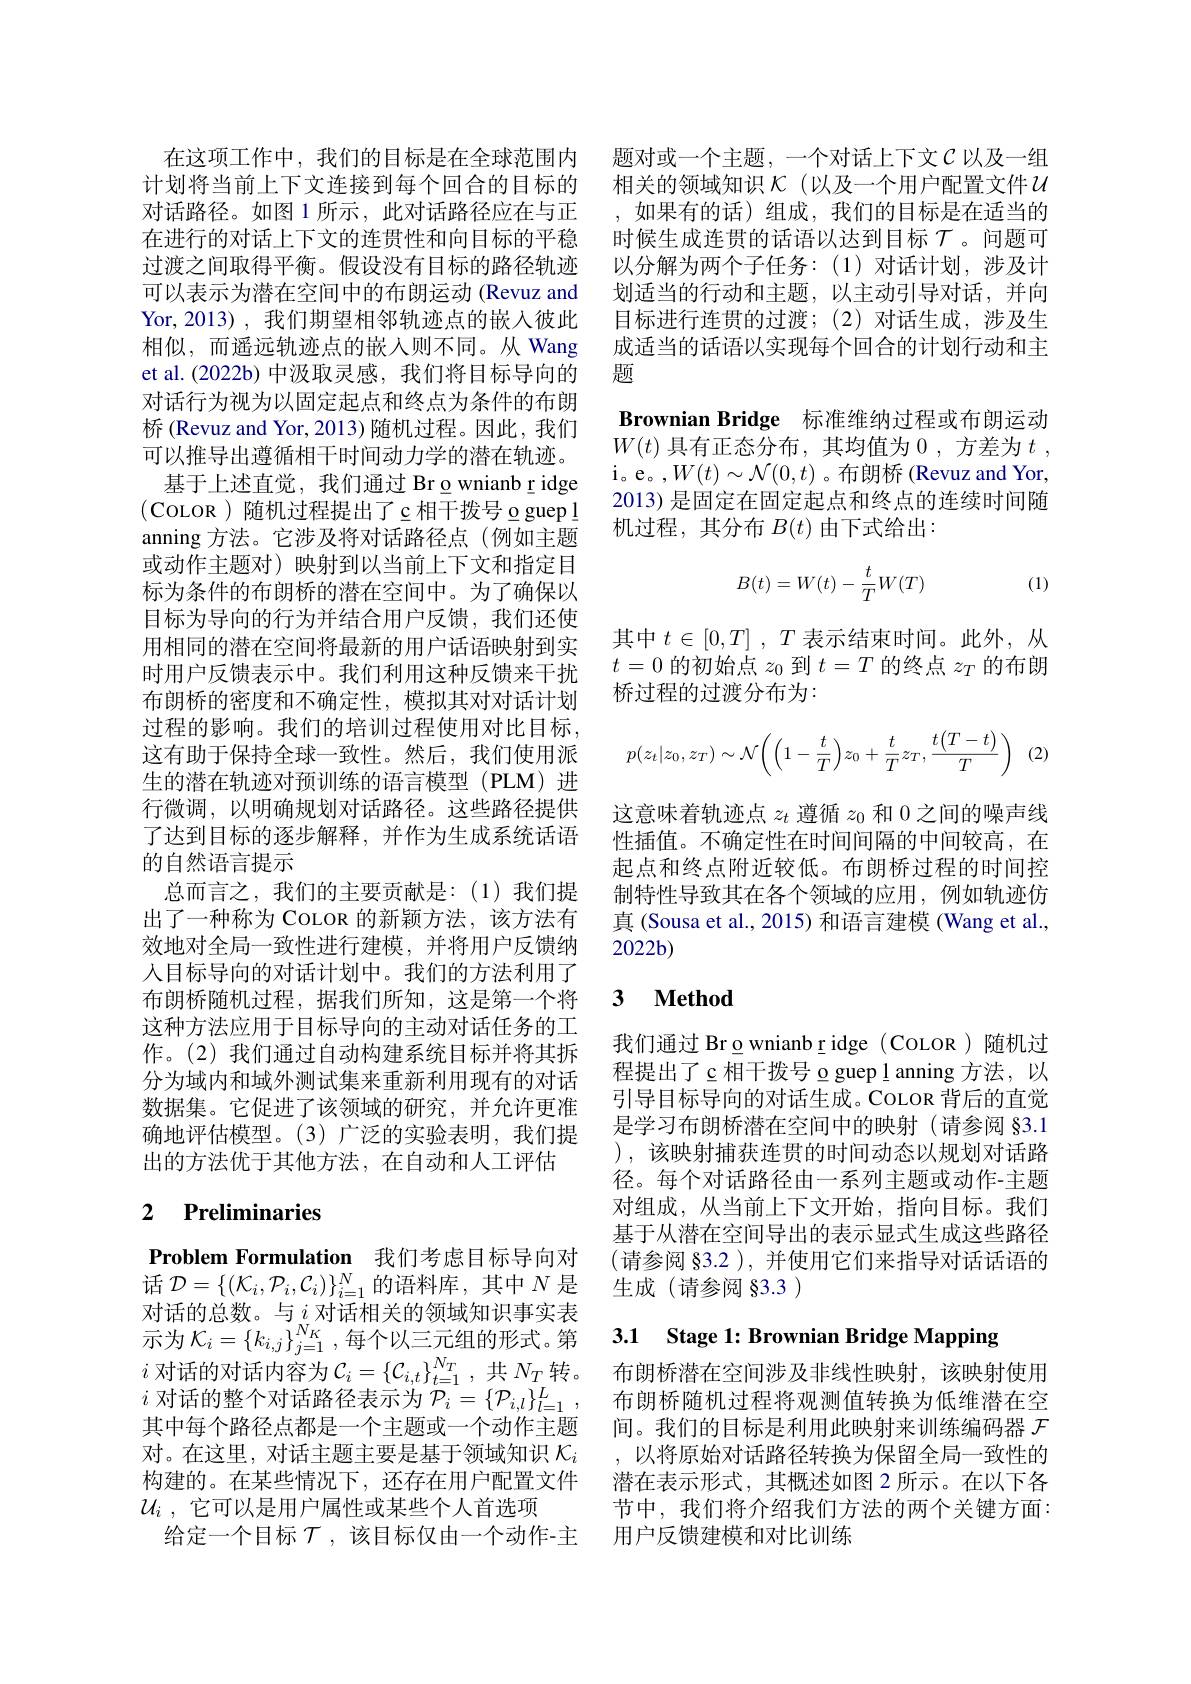
可以表示为潜在空间中的布朗运动 (Revuz and Yor,2013),我们期望相邻轨迹点的嵌入彼此相似，而遥远轨迹点的嵌入则不同。从 Wang et al.(2022b) 中汲取灵感，我们将目标导向的对话行为视为以固定起点和终点为条件的布朗桥 (Revuz and Yor, 2013) 随机过程。因此，我们可以推导出遵循相干时间动力学的潜在轨迹。基于上述直觉，我们通过 Br o wnianb r idge
(COLOR)随机过程提出了c相干拨号 o guepl anning 方法。它涉及将对话路径点(例如主题或动作主题对)映射到以当前上下文和指定目标为条件的布朗桥的潜在空间中。为了确保以目标为导向的行为并结合用户反馈，我们还使用相同的潜在空间将最新的用户话语映射到实时用户反馈表示中。我们利用这种反馈来干扰布朗桥的密度和不确定性，模拟其对对话计划过程的影响。我们的培训过程使用对比目标这有助于保持全球一致性。然后，我们使用派生的潜在轨迹对预训练的语言模型(PLM)进行微调，以明确规划对话路径。这些路径提供了达到目标的逐步解释，并作为生成系统话语的自然语言提示
总而言之，我们的主要贡献是：(1)我们提出了一种称为 COLOR 的新颖方法，该方法有效地对全局一致性进行建模，并将用户反馈纳入目标导向的对话计划中。我们的方法利用了布朗桥随机过程，据我们所知，这是第一个将这种方法应用于目标导向的主动对话任务的工作。(2)我们通过自动构建系统目标并将其拆分为域内和域外测试集来重新利用现有的对话数据集。它促进了该领域的研究，并允许更准确地评估模型。(3)广泛的实验表明，我们提出的方法优于其他方法，在自动和人工评估

# 2 Preliminaries

Problem Formulation 我们考虑目标导向对话$\mathcal{D}=\{(\mathcal{K}_i,\mathcal{P}_i,\mathcal{C}_i)\}_{i=1}^N$的语料库，其中$N$是对话的总数。与$i$ 对话相关的领域知识事实表示为$\mathcal{K}_i=\{k_{i,j}\}_{j=1}^{N_K}$,每个以三元组的形式。第$i$ 对话的对话内容为$\mathcal{C}_i=\{\mathcal{C}_{i,t}\}_{t=1}^{N_T}$, 共 $N_T$转。布朗桥潜在空间涉及非线性映射，该映射使用$i$ 对话的整个对话路径表示为 $\mathcal{P} _i= \{ \mathcal{P} _{i, l}\} _{l= 1}^L$, 布朗桥随机过程将观测值转换为低维潜在空其中每个路径点都是一个主题或一个动作主题 间。我们的目标是利用此映射来训练编码器$\mathcal{F}$ 对。在这里，对话主题主要是基于领域知识$\mathcal{K} _i$ ,以将原始对话路径转换为保留全局一致性的构建的。在某些情况下，还存在用户配置文件 潜在表示形式，其概述如图 2 所示。在以下各$\mathcal{U}_i$ ,它可以是用户属性或某些个人首选项 节中，我们将介绍我们方法的两个关键方面：
给定一个目标$\mathcal{T}$ ,该目标仅由一个动作-主 用户反馈建模和对比训练

在这项工作中，我们的目标是在全球范围内 题对或一个主题，一个对话上下文$\mathcal{C}$以及一组计划将当前上下文连接到每个回合的目标的 相关的领域知识 $\kappa$ (以及一个用户配置文件$\mathcal{U}$ 对话路径。如图 1 所示，此对话路径应在与正 ,如果有的话)组成，我们的目标是在适当的在进行的对话上下文的连贯性和向目标的平稳 时候生成连贯的话语以达到目标$\tau$。问题可过渡之间取得平衡。假设没有目标的路径轨迹 以分解为两个子任务：(1)对话计划，涉及计
划适当的行动和主题，以主动引导对话，并向目标进行连贯的过渡；(2)对话生成，涉及生成适当的话语以实现每个回合的计划行动和主题
Brownian Bridge 标准维纳过程或布朗运动$W(t)$具有正态分布，其均值为 0 ,方差为$t$ , i。e。,$W(t)\sim\mathcal{N}(0,t)$。布朗桥 (Revuz and Yor, 2013) 是固定在固定起点和终点的连续时间随机过程，其分布$B(t)$由下式给出：
$$B(t)=W(t)-\frac{t}{T}W(T)$$
(1)

其中$t\in [ 0, T]$ , $T$表示结束时间。此外，从$t=0$的初始点$z_0$到$t=T$的终点$z_T$的布朗桥过程的过渡分布为：
$$p(z_t|z_0,z_T)\sim\mathcal{N}\bigg(\bigg(1-\frac{t}{T}\bigg)z_0+\frac{t}{T}z_T,\frac{t\big(T-t\big)}{T}\bigg)\:(2)$$
这意味着轨迹点$z_t$遵循$z_0$和 0 之间的噪声线性插值。不确定性在时间间隔的中间较高，在起点和终点附近较低。布朗桥过程的时间控制特性导致其在各个领域的应用，例如轨迹仿真 (Sousa et al., 2015) 和语言建模 (Wang et al., 2022b)

## 3 $\textbf{Method}$

我们通过 Brownianbridge (COLOR)随机过程提出了c 相干拨号 o guep l anning 方法，以引导目标导向的对话生成。COLOR 背后的直觉是学习布朗桥潜在空间中的映射(请参阅§3.1 ), 该映射捕获连贯的时间动态以规划对话路径。每个对话路径由一系列主题或动作-主题对组成，从当前上下文开始，指向目标。我们基于从潜在空间导出的表示显式生成这些路径(请参阅 §3.2 ), 并使用它们来指导对话话语的生成(请参阅§3.3)

3.1 Stage 1: Brownian Bridge Mapping